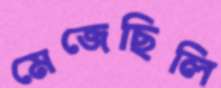
মেজেছিলি